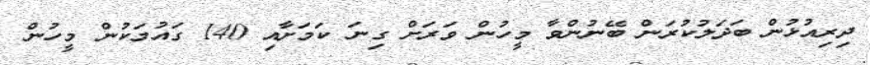
ދިރިއުޅުން ބަދަލުކުރަން ބޭނުންވާ މީހުން ވަރަށް ގިނަ ކަމަށާއި 140 ގައުމަކުން މީހުން